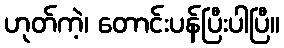
ဟုတ်ကဲ့၊ တောင်းပန်ပြီးပါပြီ။